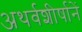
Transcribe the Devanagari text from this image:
अथर्वशीर्षानें